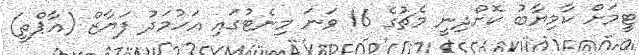
ޓީމަށް ކާމިޔާބު ކޮށްދިނީ މެޗުގެ 16 ވަނަ މިނެޓުގައި އަހުމަދު ފަޔާޒް (އާޕްތީ)